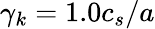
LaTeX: \gamma_{k}=1.0c_{s}/a